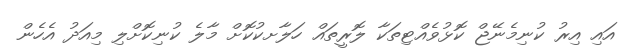
އައި އިރު ކުނިމެނޭޖް ކޮޅުވެއްޓިތަކާ ލޮރީތައް ހަލާށކުކޮށް މާލެ ކުނިކޮށްލި މިއަދު އެހެން